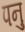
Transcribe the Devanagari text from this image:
पनु